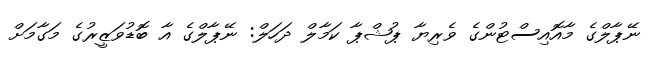
ނޭޕާލްގެ މާއޮއިސްޓުންގެ ވެރިޔާ ޕުޝްޕާ ކަމާލް ދަހަލް: ނޭޕާލްގެ އާ ބޮޑުވަޒީރުގެ މަގާމަށް